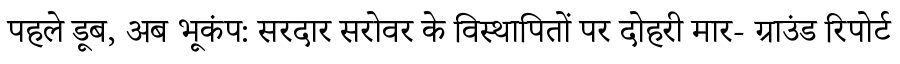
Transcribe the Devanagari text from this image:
पहले डूब, अब भूकंप: सरदार सरोवर के विस्थापितों पर दोहरी मार- ग्राउंड रिपोर्ट